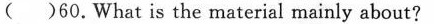
( )60.What is the material mainly about?